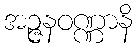
အဉ္ဇနဝဏ္ဏာနိ